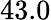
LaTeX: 43.0